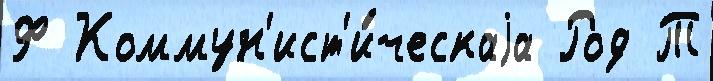
Ф Коммун'ист'и́ческаjа Род Т